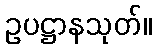
ဥပဋ္ဌာနသုတ်။